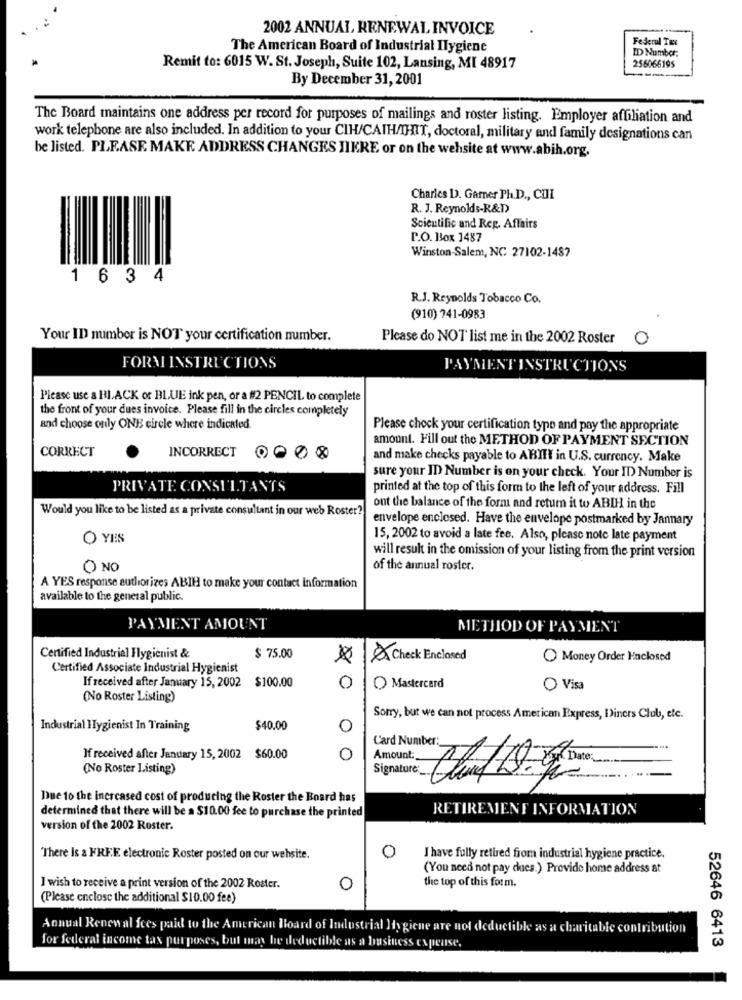
2002 ANNUAL, RENEWAL INVOICE
Federul Tur
The American Board of Industrial Ilygiene
ID Number:
Remit to: 6015 W. St. Joseph, Suite 102, Lansing, MI 48917
256066195
By December 31, 2001
The Board maintains one address per record for purposes of mailings and roster listing. Employer affiliation and
work telephone are also included. In addition to your CIH/CATH/IHIT, doctoral, military and family designations can
be listed. PLEASE. MAKE ADDRESS CHANGES HIERE or on the wehsite at www.abih.org.
Charics D. Garner Ph.D ., CUI
R. J. Reynolds-R&D
Scientific and Reg. Affairs
P.O. Box 1487
Winston-Salem, NC 27102-1487
1 6 3 4
R.J. Reynolds Tobacco Co.
(910) 741-0983
Your ID number is NOT your certification number.
Please do NOT list me in the 2002 Roster
0
FORM INSTRUCTIONS
PAYMENT INSTRUCTIONS
Please use a BLACK or BLUE ink pen, or a #2 PENCIL to complete
the front of your dues invoice. Please fill in the circles completely
and choose only ONE circle where indicated.
Please chock your certification type and pay the appropriate
amount. Fill out the METHOD OF PAYMENT SECTION
CORRECT
INCORRECT
and make checks payable to ABIHY in U.S. currency. Make
sure your ID Number is on your check. Your ID Number is
PRIVATE CONSULTANTS
printed at the top of this form to the left of your address. Fill
Would you like to be listed as a private consultant in our web Roster?
ont the balance of the form and return it to ABIH in the
envelope enclosed. Have the envelope postmarked by Jannary
O YES
15, 2002 to avoid a late fee. Also, please note late payment
will result in the omission of your listing from the print version
O NO
of the annual roster.
A YES response authorizes ABIH to make your contact information
available to the general public.
PAYMENT AMOUNT
METHOD OF PAYMENT
Certified Industrial Hygienist &
$ 75.00
Check Enclosed
Money Order Haclosed
Certified Associate Industrial Hygienist
If received after January 15, 2002 $100.00
0
O Mastercard
O Visa
(No Roster Listing)
Sorry, but we can not process American Express, Diners Club, etc.
Industrial Hygienist In Training
$40.00
Card Number:
If received after January 15, 2002 $60.00
0
Amount:
(No Roster Listing)
Due to the increased cost of producing the Roster the Board has
RETIREMENT INFORMATION
determined that there will be a $10.00 fee to purchase the printed
version of the 2002 Roster.
O
There Is a FREE electronic Roster posted on our website.
I have fully retired from industrial hygiene practice.
(You need not pay dues.) Provide home address at
I wish to receive a print version of the 2002 Roster.
0
the top of this form.
(Please enclose the additional $10.00 fee)
Annual Renewal fees paid to the American Board of Industrial Hygiene are not deductible as a charitable contribution
52646 6413
for federal income tax purposes, but may be deductible as a business expense.